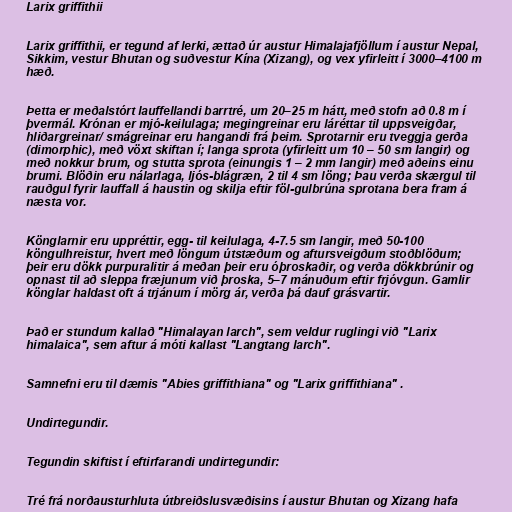
Larix griffithii

Larix griffithii, er tegund af lerki, ættað úr austur Himalajafjöllum í austur Nepal,
Sikkim, vestur Bhutan og suðvestur Kína (Xizang), og vex yfirleitt í 3000–4100 m
hæð.

Þetta er meðalstórt lauffellandi barrtré, um 20–25 m hátt, með stofn að 0.8 m í
þvermál. Krónan er mjó-keilulaga; megingreinar eru láréttar til uppsveigðar,
hliðargreinar/ smágreinar eru hangandi frá þeim. Sprotarnir eru tveggja gerða
(dimorphic), með vöxt skiftan í; langa sprota (yfirleitt um 10 – 50 sm langir) og
með nokkur brum, og stutta sprota (einungis 1 – 2 mm langir) með aðeins einu
brumi. Blöðin eru nálarlaga, ljós-blágræn, 2 til 4 sm löng; Þau verða skærgul til
rauðgul fyrir lauffall á haustin og skilja eftir föl-gulbrúna sprotana bera fram á
næsta vor.

Könglarnir eru uppréttir, egg- til keilulaga, 4-7.5 sm langir, með 50-100
köngulhreistur, hvert með löngum útstæðum og aftursveigðum stoðblöðum;
þeir eru dökk purpuralitir á meðan þeir eru óþroskaðir, og verða dökkbrúnir og
opnast til að sleppa fræjunum við þroska, 5–7 mánuðum eftir frjóvgun. Gamlir
könglar haldast oft á trjánum í mörg ár, verða þá dauf grásvartir.

Það er stundum kallað "Himalayan larch", sem veldur ruglingi við "Larix
himalaica", sem aftur á móti kallast "Langtang larch".

Samnefni eru til dæmis "Abies griffithiana" og "Larix griffithiana" .

Undirtegundir.

Tegundin skiftist í eftirfarandi undirtegundir:

Tré frá norðausturhluta útbreiðslusvæðisins í austur Bhutan og Xizang hafa